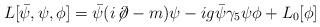
LaTeX: \begin{align*}L[\bar{\psi}, \psi, \phi] = \bar{\psi} (i \!\not\! \partial - m) \psi - ig \bar{\psi} \gamma_5 \psi \phi + L_0[ \phi ] \end{align*}